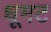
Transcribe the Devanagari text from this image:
धूमट